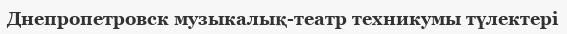
Днепропетровск музыкалық-театр техникумы түлектері